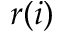
r ( i )